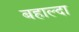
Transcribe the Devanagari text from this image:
बहाल्दा